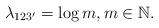
LaTeX: \begin{align*} \lambda_{123'}=\log m,m\in\mathbb{N}.\end{align*}